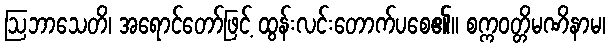
ဩဘာသေတိ၊ အရောင်တော်ဖြင့် ထွန်းလင်းတောက်ပစေ၏။ စက္ကဝတ္တိမဏိနာမ၊